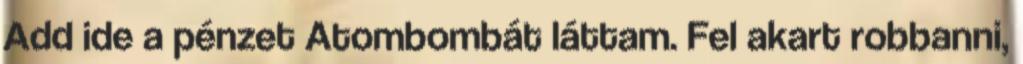
Add ide a pénzet Atombombát láttam. Fel akart robbanni,